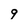
Character: g